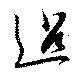
迢